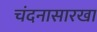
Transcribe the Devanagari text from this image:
चंदनासारखा